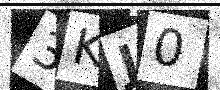
Text: 3KJ0